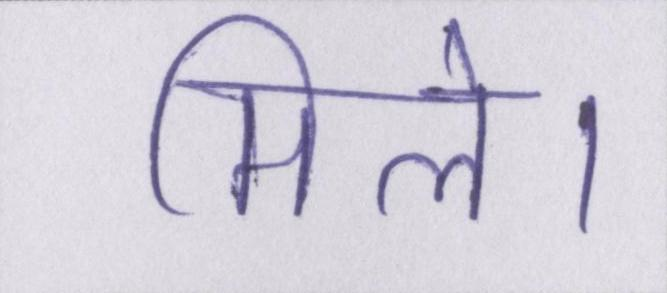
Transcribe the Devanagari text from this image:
मिले।